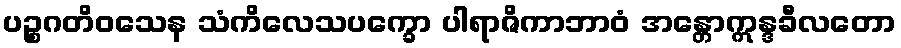
ပဉ္စဂတိဝသေန သံကိလေသပက္ခော ပါရာဇိကာဘာဝံ အန္တောဣန္ဒခီလတော